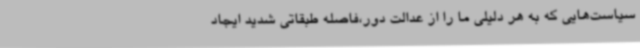
سیاست‌هایی که به هر دلیلی ما را از عدالت دور،فاصله طبقاتی شدید ایجاد